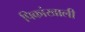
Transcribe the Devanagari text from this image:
पिकांखाली